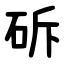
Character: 䂨